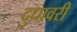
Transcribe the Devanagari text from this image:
दुधावरी